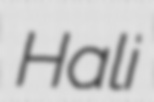
Hali